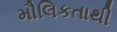
મૌલિકતાથી